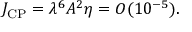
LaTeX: J _ { \mathrm { C P } } = \lambda ^ { 6 } A ^ { 2 } \eta = { \cal O } ( 1 0 ^ { - 5 } ) .